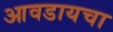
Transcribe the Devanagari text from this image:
आवडायचा